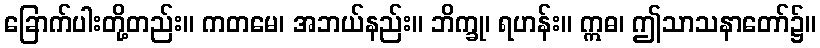
ခြောက်ပါးတို့တည်း။ ကတမေ၊ အဘယ်နည်း။ ဘိက္ခု၊ ရဟန်း။ ဣဓ၊ ဤသာသနာတော်၌။